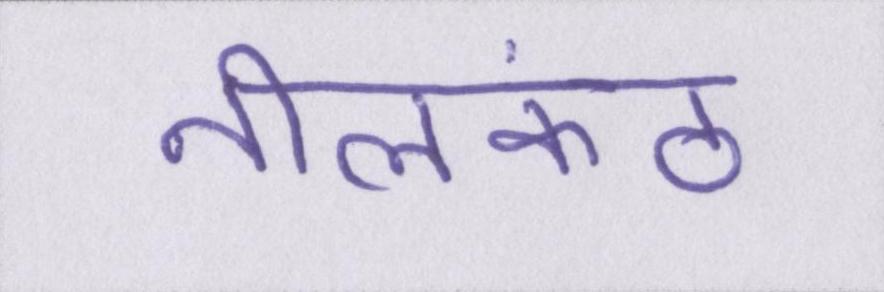
नीलकंठ